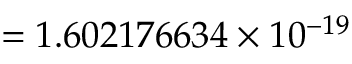
= 1 . 6 0 2 1 7 6 6 3 4 \times 1 0 ^ { - 1 9 }